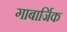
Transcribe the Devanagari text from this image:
गाबार्जिक